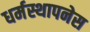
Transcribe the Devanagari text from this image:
धर्मस्थापनेस